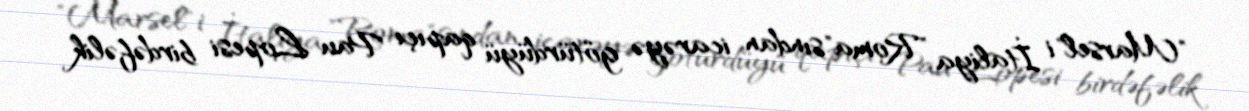
"Marsel"i İtaliya "Roma"sından icarəyə götürdüyü qapıçı Pau Lopesi birdəfəlik